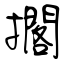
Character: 擱